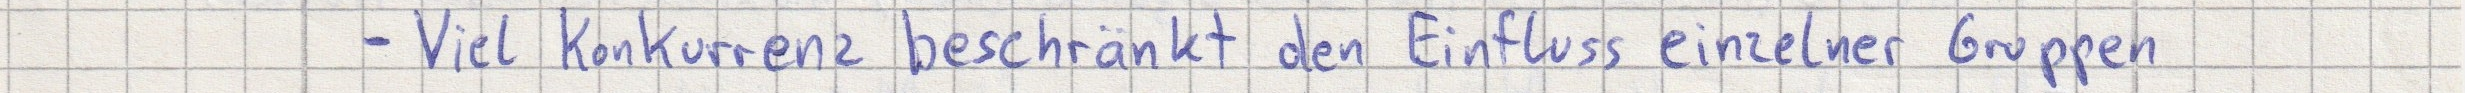
- Viel Konkurrenz beschränkt den Einfluss einzelner Gruppen